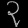
Digit: ၃